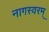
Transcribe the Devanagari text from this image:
नागस्वरम्